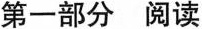
第一部分 阅读